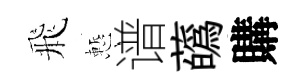
飛慙谱蘤購